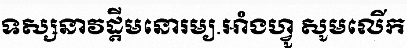
ទស្សនាវដ្តីមនោរម្យ.អាំងហ្វូ សូមលើក